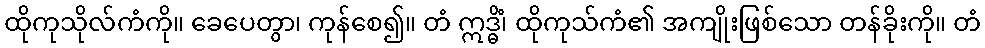
ထိုကုသိုလ်ကံကို။ ခေပေတွာ၊ ကုန်စေ၍။ တံ ဣဒ္ဓိံ၊ ထိုကုသ်ကံ၏ အကျိုးဖြစ်သော တန်ခိုးကို။ တံ